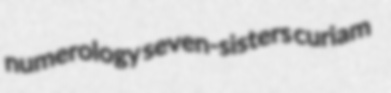
numerology seven-sisters curiam